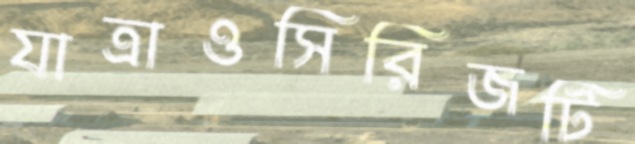
যাত্রাওসিরিজটি